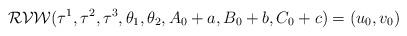
LaTeX: \begin{align*}\mathcal{RVW}(\tau^1,\tau^2,\tau^3,\theta_1,\theta_2,A_0+a,B_0+b,C_0+c)=(u_0,v_0)\end{align*}